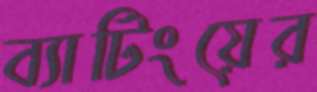
ব্যাটিংয়ের